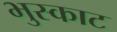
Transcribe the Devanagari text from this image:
भुस्काट